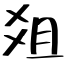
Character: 爼